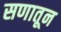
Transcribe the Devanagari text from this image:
सणातून